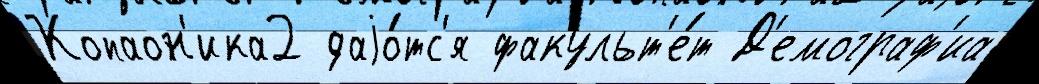
Копаон'ика2 даjо́тс'я факульт'е́т Д'емограф'иа